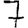
Digit: 7